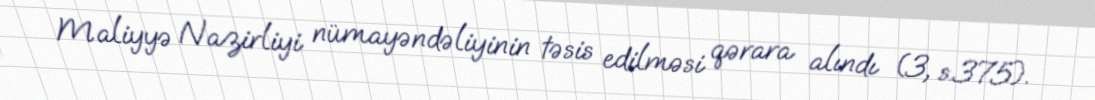
Maliyyə Nazirliyi nümayəndəliyinin təsis edilməsi qərara alındı (3, s.375).